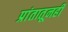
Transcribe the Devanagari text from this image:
प्रांतातूनही